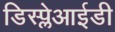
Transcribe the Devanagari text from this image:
डिस्प्लेआईडी